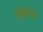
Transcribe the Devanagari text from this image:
बढ़ेवाले